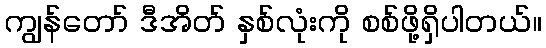
ကျွန်တော် ဒီအိတ် နှစ်လုံးကို စစ်ဖို့ရှိပါတယ်။